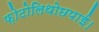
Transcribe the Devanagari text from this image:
फ़ोटोलिथोछपाई।